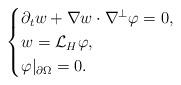
LaTeX: \begin{align*}\begin{cases}\partial_t w+\nabla w\cdot \nabla^\perp\varphi=0,\\w=\mathcal{L}_H\varphi,\\\varphi|_{\partial \Omega}=0.\end{cases}\end{align*}